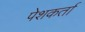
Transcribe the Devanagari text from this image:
पेशकर्ता